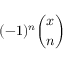
( - 1 ) ^ { n } { \binom { x } { n } }